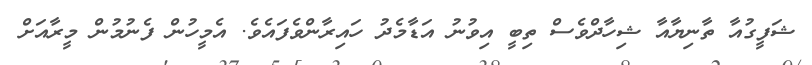
ޝަފީގުއާ ތާނިޔާއާ ޝިހާދްވެސް ތިބީ އިވުނު އަޑާމެދު ހައިރާންވެފައެވެ. އެމީހުން ފެނުމުން މީރާއަށް